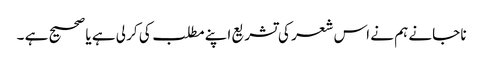
نا جانے ہم نے اس شعر کی تشریع اپنے مطلب کی کر لی ہے یا صحیح ہے ۔